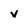
Character: v